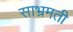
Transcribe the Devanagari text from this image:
साभ्रमती